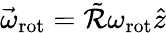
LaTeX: {\vec{\omega}}_{\mathrm{rot}}=\tilde{\cal R}\omega_{\mathrm{rot}}\hat{z}